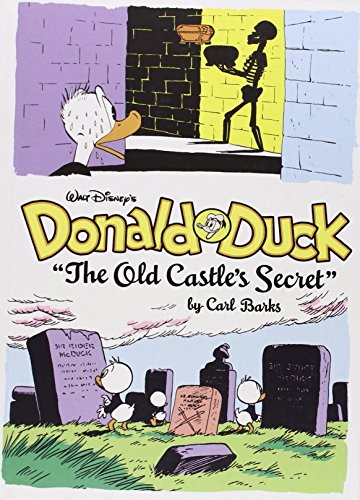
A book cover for Walt Disney's Donald Duck: The Old Castle's Secret; Carl Barks; Comics & Graphic Novels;